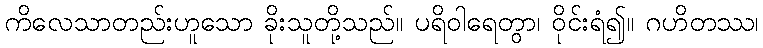
ကိလေသာတည်းဟူသော ခိုးသူတို့သည်။ ပရိဝါရေတွာ၊ ဝိုင်းရံ၍။ ဂဟိတဿ၊